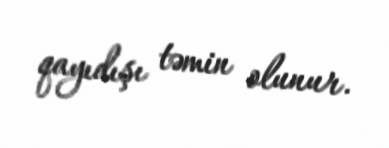
qayıdışı təmin olunur.